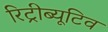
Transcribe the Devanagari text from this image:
रिट्रीब्यूटिव